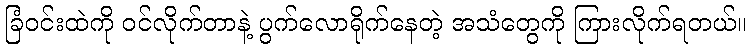
ခြံဝင်းထဲကို ဝင်လိုက်တာနဲ့ ပွက်လောရိုက်နေတဲ့ အသံတွေကို ကြားလိုက်ရတယ်။